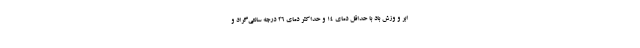
ابر و وزش باد با حداقل دمای ۱۴ و حداکثر دمای ۲۶ درجه سانتی‌گراد و